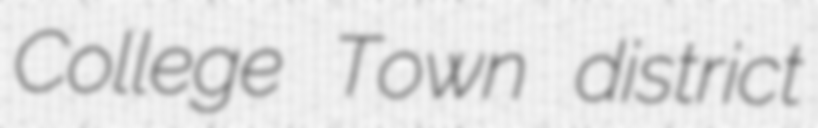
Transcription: College Town district